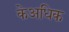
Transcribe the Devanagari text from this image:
केअधिक